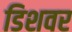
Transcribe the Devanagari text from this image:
डिशवर